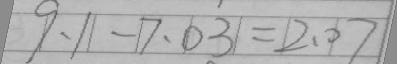
9 . 1 - 7 . 0 3 = 2 . 0 7